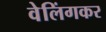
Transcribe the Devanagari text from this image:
वेलिंगकर